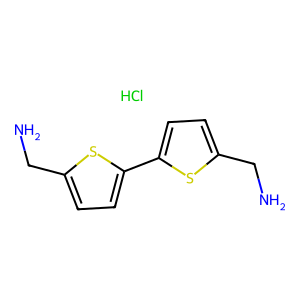
SMILES: Cl.NCc1ccc(-c2ccc(CN)s2)s1
Inhibits HIV replication: Yes